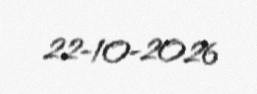
22-10-2026